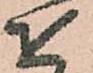
を